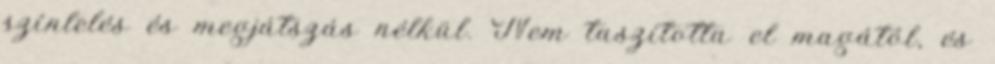
színlelés és megjátszás nélkül. Nem taszította el magától, és